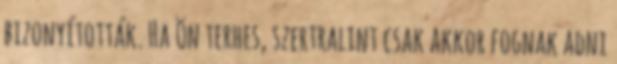
bizonyították. Ha Ön terhes, szertralint csak akkor fognak adni